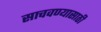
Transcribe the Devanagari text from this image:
साचवण्यासाठी